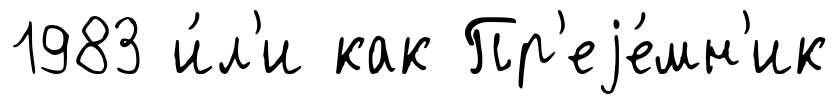
1983 и́л'и как Пр'еjе́мн'ик